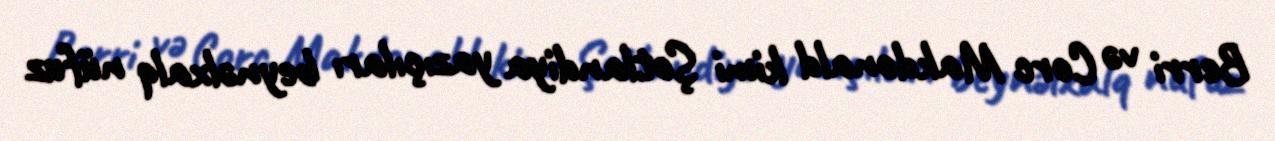
Berri və Corc Makdonald kimi Şotlandiya yazıçıları beynəlxalq nüfuz